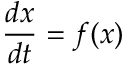
{ \frac { d x } { d t } } = f ( x )